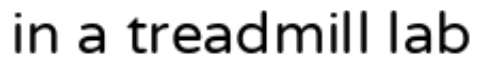
in a treadmill lab